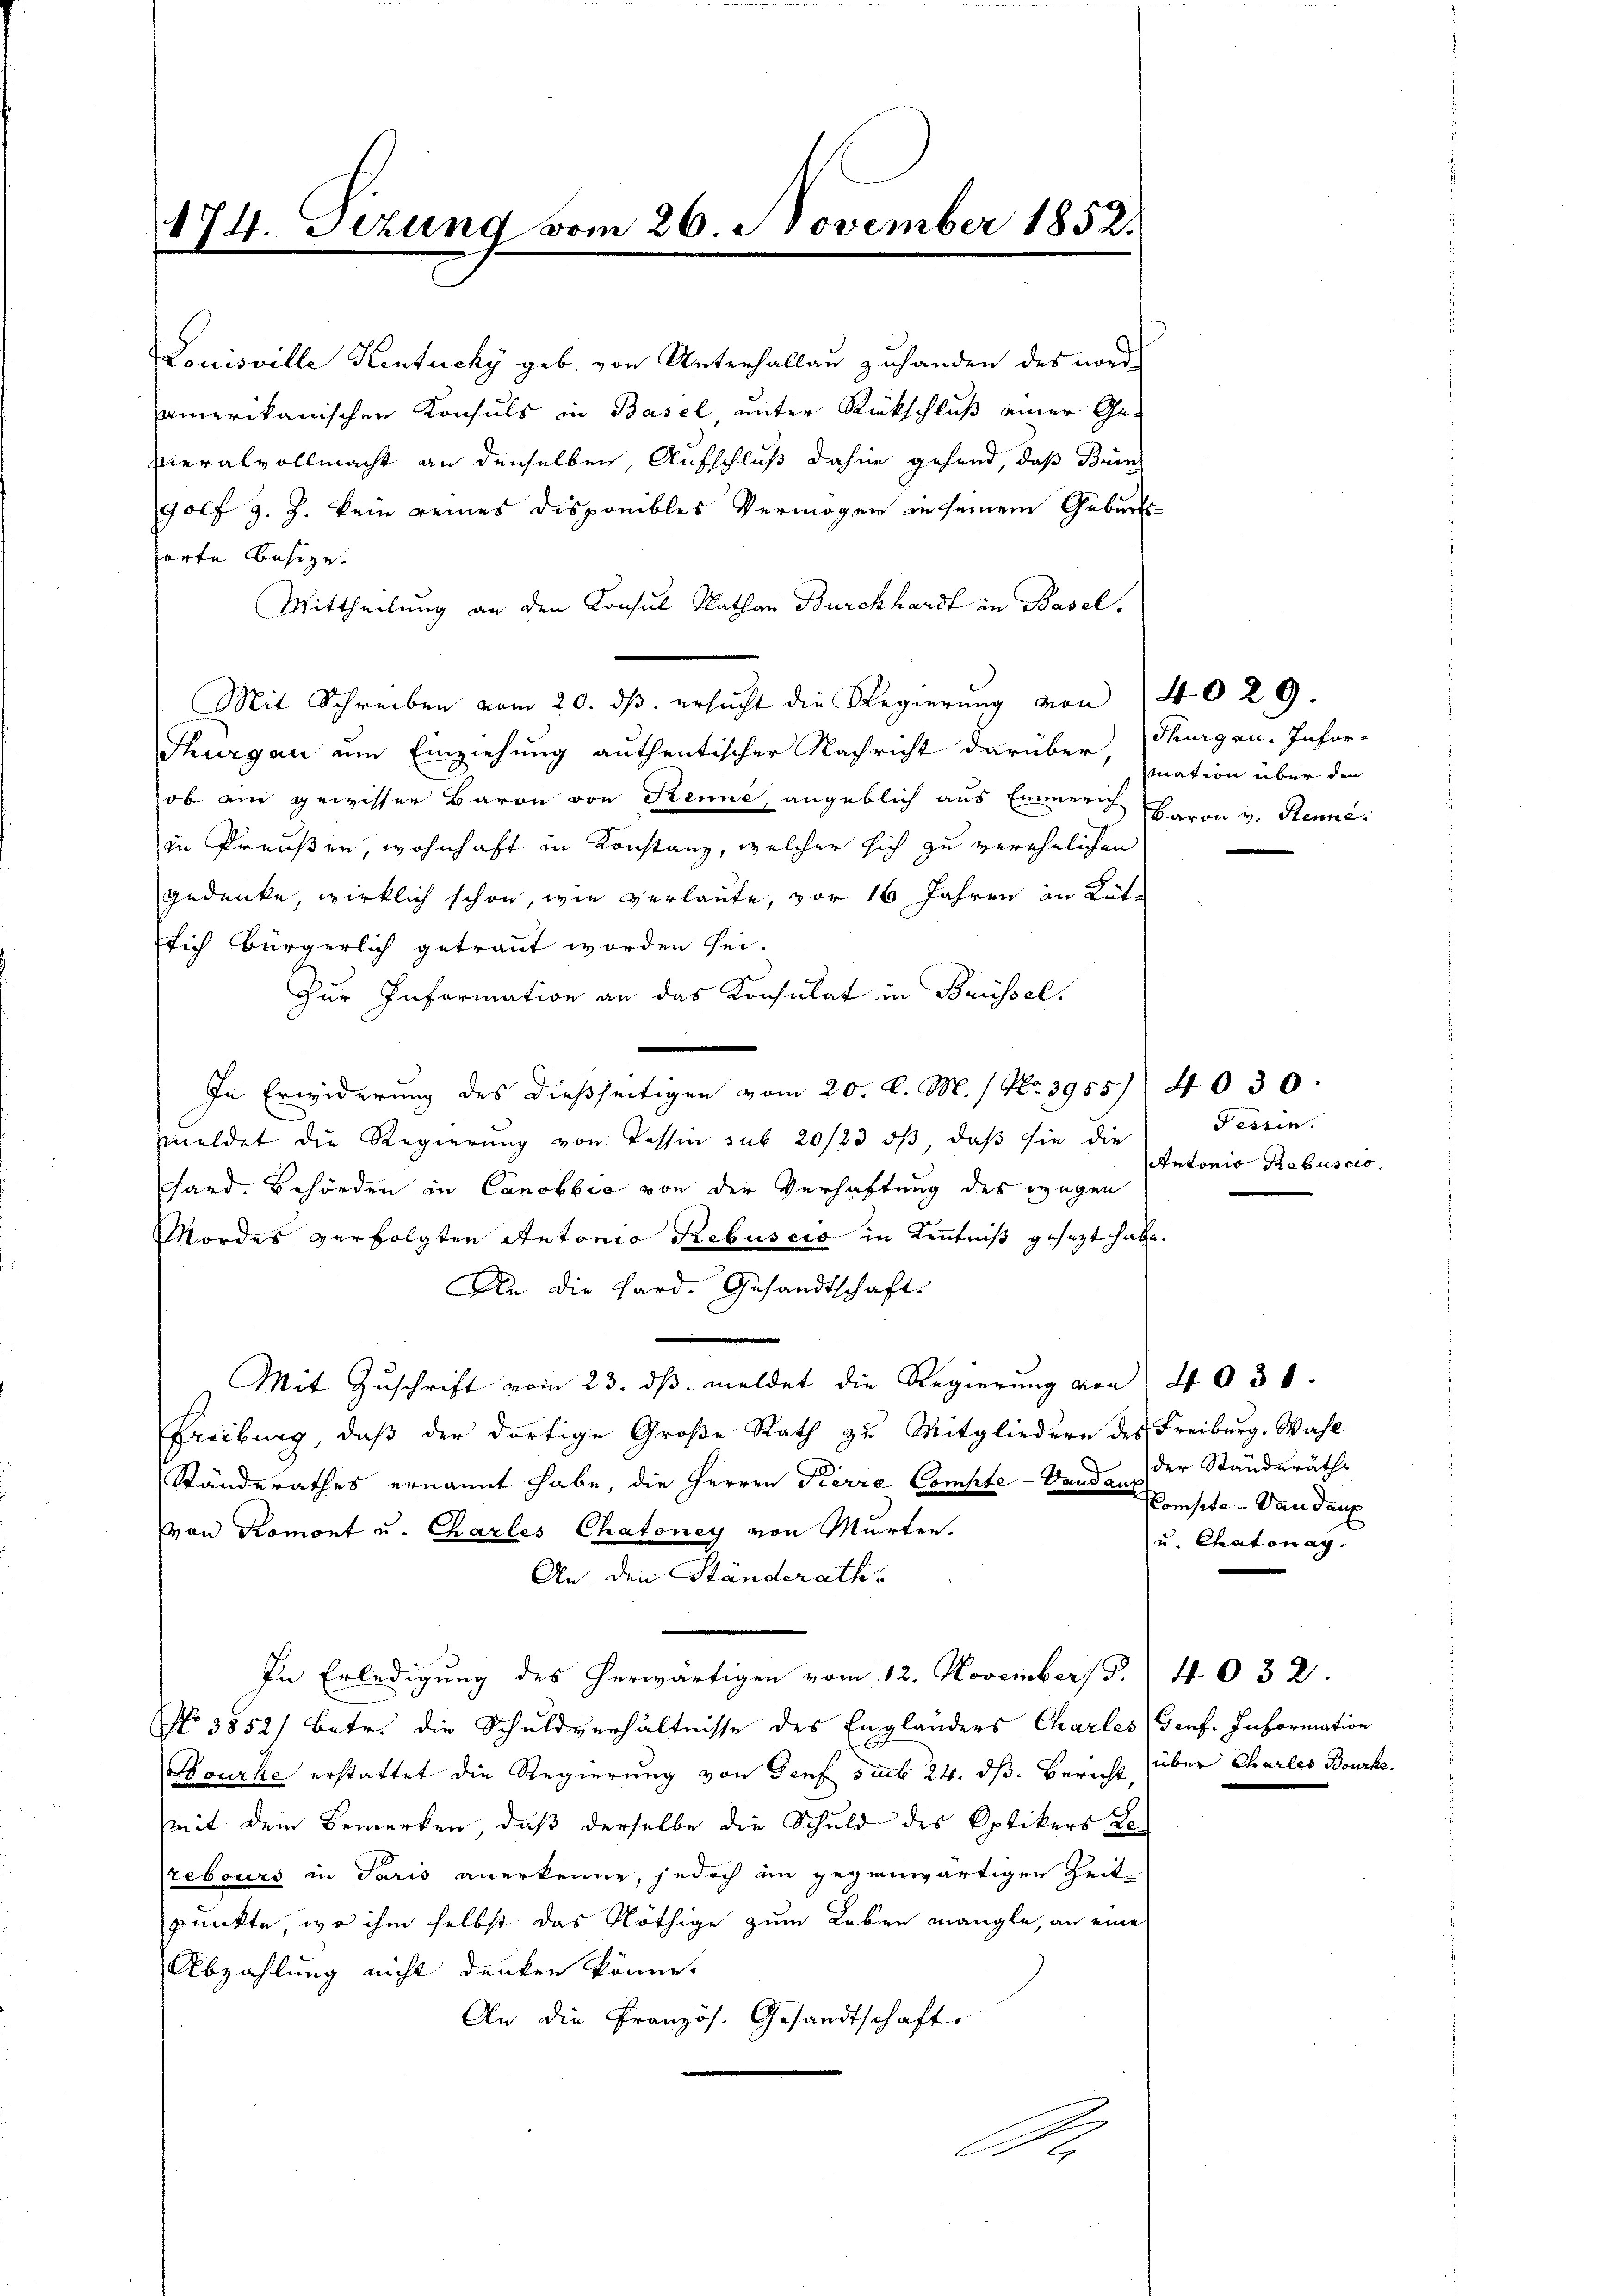
474. Gezung vom 26. November 1852.
x

Louisville Kentuchy geb. von Unterhallau zuhanden des nordamerikanischen Konsuls in Basel, unter Rückschluß einer Gemeralvollmacht an denselben, Aufschluß dahin gehend, daß Brin
golf z. Z. kein reines Dispreibles Vermögen in seinem Geburts-
sorte Besize.
Mittheilung an den Konsul Kathan Burckhardt in Basel.
Mit Schreiben vom 20. ds. ersŭcht die Regierŭng von 14029.
Thurgau ein Einziehung authentischer Nachricht darüber, mation über den
ob ain gewisser Baron von Renne, angeblich aus Emerich Baron v. Renne
in Preußen, wohnhaft in Konstanz, welcher sich zu verehelichen
gedenke, wirklich schon, wie verlaute, vor 16 Jahren in Rütsich bürgerlich getraut worden sei.
Zur Information an das Konsulat in Brüssel.
In Erwiderung des dießseitigen vom 20. d. M. / No. 3955/ 4030.
eldet die Regierung von Tessin sub 20/23 oß, daß sie die
Fand. Behörden in Canobbić von der Verhaftung des wegen
Mordes verfolgten Antonia Rebuscio in Kenntniß gesezt habe.
An die Hard. Gesandtschaft.
Mit Zŭschrift vom 23. dβ. meldet die Regierŭng von 4030.
Freibung, daß der dortige Große Rath zu Mitgliedern des Freiburg. Wahl
Ständerathes ernannt habe, die Herren Kierre Compte-Vandausste. Dan dar
von Romont u. Charles Chatoney von Murten.
An. den Ständerath
In Erledigung des herwärtigen vom 12. November Fr. 4032.
No 3552) Betr. die Schuldverhältnisse des Einglanders Charles Genf. Information
Bourke erstattet die Regierung von Genf sub 24. ds. Bericht über Charles Bourke.
mit dem Bemerken, daß derselbe die Schuld des Optikers Le¬
Prebours in Paris anerkenne, jedoch im gegenwärtigen Zeit
punkte, wo ihm selbst das Nöthige zum Leben mangle, an eine
Abzahlung nicht denken könne.
An die Französ. Gesandtschaft
Di

Thurgau. Infor¬

Tessin.
Antonio Rebuscio.

der Standeräths
u. Chatonag.